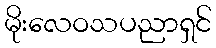
မိုးလေဝသပညာရှင်